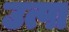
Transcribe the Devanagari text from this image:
उत्पा